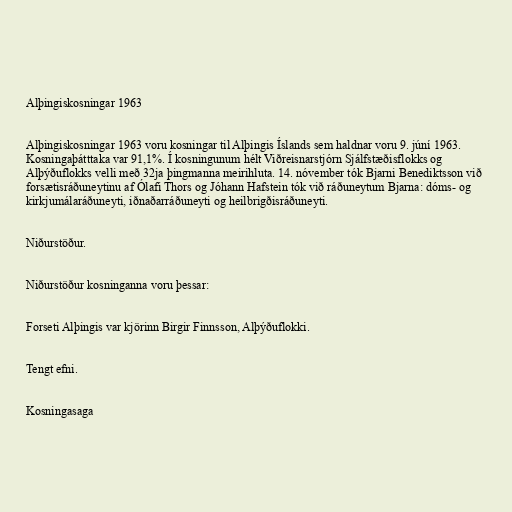
Alþingiskosningar 1963

Alþingiskosningar 1963 voru kosningar til Alþingis Íslands sem haldnar voru 9. júní 1963.
Kosningaþátttaka var 91,1%. Í kosningunum hélt Viðreisnarstjórn Sjálfstæðisflokks og
Alþýðuflokks velli með 32ja þingmanna meirihluta. 14. nóvember tók Bjarni Benediktsson við
forsætisráðuneytinu af Ólafi Thors og Jóhann Hafstein tók við ráðuneytum Bjarna: dóms- og
kirkjumálaráðuneyti, iðnaðarráðuneyti og heilbrigðisráðuneyti.

Niðurstöður.

Niðurstöður kosninganna voru þessar:

Forseti Alþingis var kjörinn Birgir Finnsson, Alþýðuflokki.

Tengt efni.

Kosningasaga